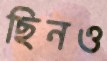
ছিনও